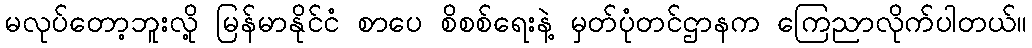
မလုပ်တော့ဘူးလို့ မြန်မာနိုင်ငံ စာပေ စိစစ်ရေးနဲ့ မှတ်ပုံတင်ဌာနက ကြေညာလိုက်ပါတယ်။